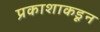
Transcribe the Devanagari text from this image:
प्रकाशाकडून